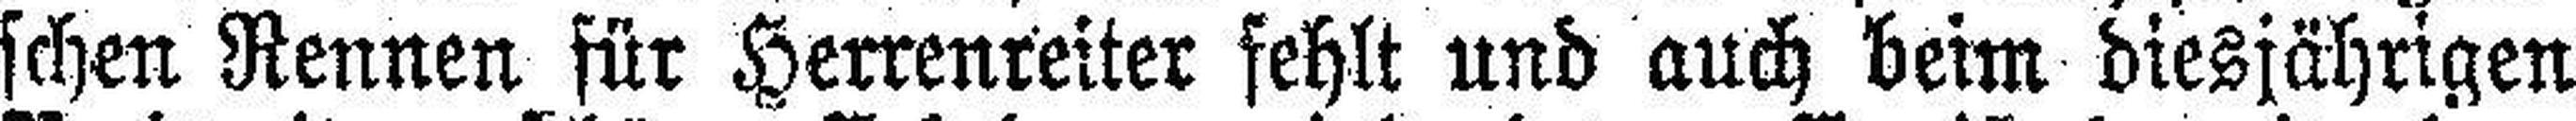
schen Rennen für Herrenreiter fehlt und auch beim diesjährigen